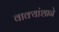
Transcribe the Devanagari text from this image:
वाक्यांशाने